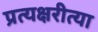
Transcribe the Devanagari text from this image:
प्रत्यक्षरीत्या